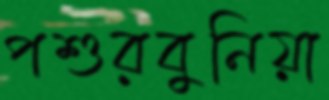
পশুরবুনিয়া